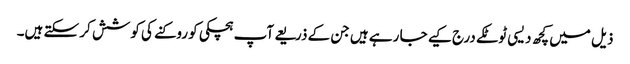
ذیل میں کچھ دیسی ٹوٹکے درج کیے جا رہے ہیں جن کے ذریعے آپ ہچکی کو روکنے کی کوشش کر سکتے ہیں۔